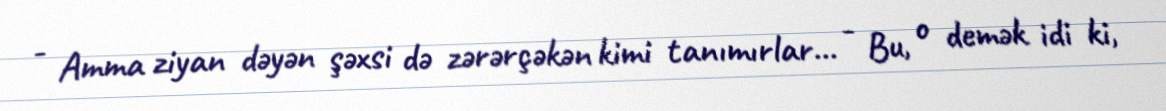
- Amma ziyan dəyən şəxsi də zərərçəkən kimi tanımırlar... - Bu, o demək idi ki,